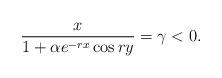
LaTeX: \begin{align*}\frac{x}{1+\alpha e^{-rx}\cos ry}=\gamma<0.\end{align*}